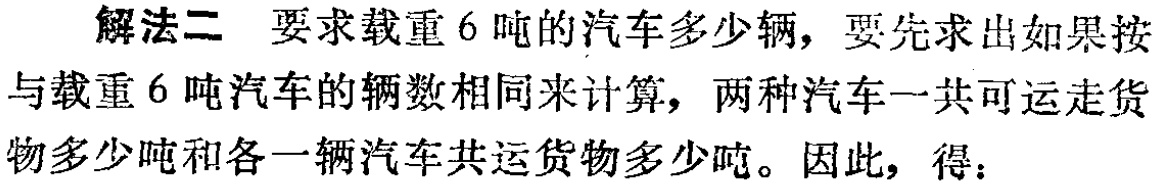
解法二 要求载重6吨的汽车多少辆，要先求出如果按与载重6吨汽车的辆数相同来计算，两种汽车一共可运走货物多少吨和各一辆汽车共运货物多少吨。因此，得：